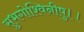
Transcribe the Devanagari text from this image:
सुभगोश्विनीषु।।